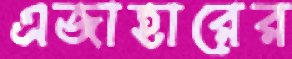
এজাহারের